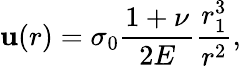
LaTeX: \mathbf{u}(r)=\sigma_{0}\frac{{1+\nu}}{{2E}}\frac{{r_{1}^{3}}}{{r^{2}}},